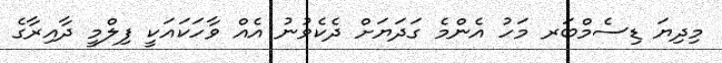
މިދިޔަ ޑިސެމްބަރ މަހު އެންމެ ގަދަޔަށް ދެކެވުނު އެއް ވާހަކައަކީ ފިލްމީ ދާއިރާގެ